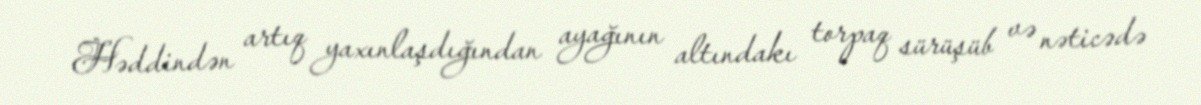
Həddindən artıq yaxınlaşdığından ayağının altındakı torpaq sürüşüb və nəticədə